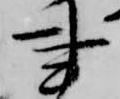
事